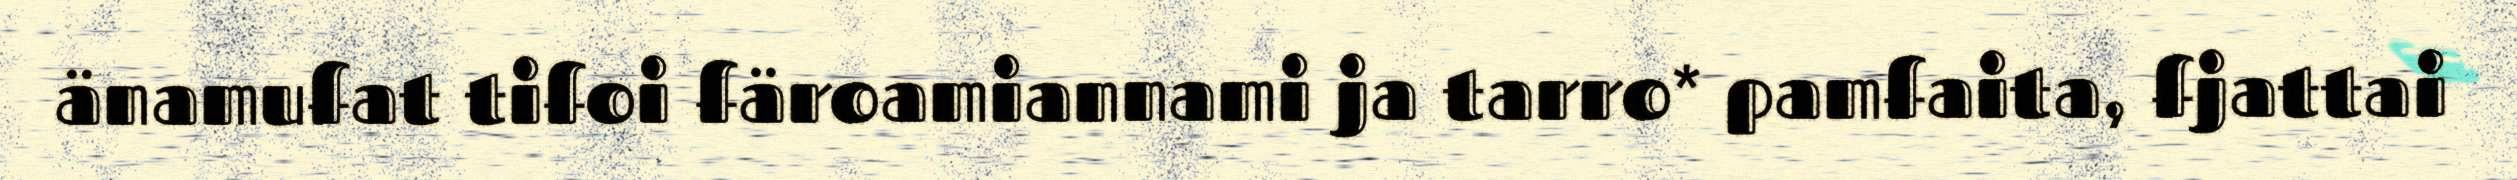
änamufat tifoi färoamiannami ja tarro* pamfaita, fjattai